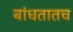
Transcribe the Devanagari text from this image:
बांधतातच